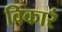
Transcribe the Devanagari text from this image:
विकारं